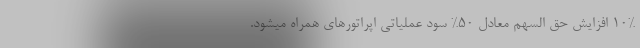
10% افزایش حق السهم معادل 50% سود عملیاتی اپراتورهای همراه میشود.